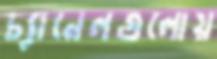
চ্যানেলগুলোয়